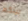
بيتكم